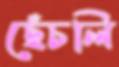
ছেঁচলি